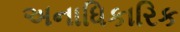
અનાધિકારિક